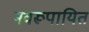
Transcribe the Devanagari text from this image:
नवरूपायित